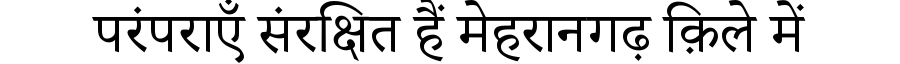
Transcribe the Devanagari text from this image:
परंपराएँ संरक्षित हैं मेहरानगढ़ क़िले में